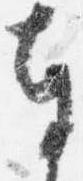
奉